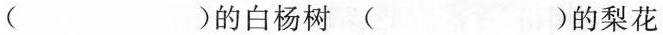
( )的白杨树( )的梨花